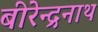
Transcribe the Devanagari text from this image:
बीरेन्द्रनाथ